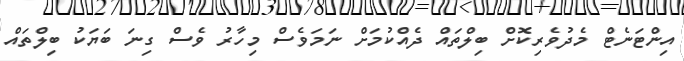
އިންޓަނެޓް މެދުވެރިކޮށް ބިލްތައް ދެއްކުމަށް ނަމަވެސް މިހާރު ވެސް ގިނަ ބަޔަކު ބިލްތައް